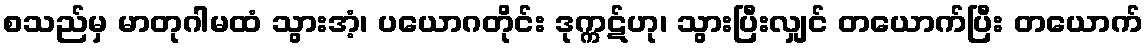
စသည်မှ မာတုဂါမထံ သွားအံ့၊ ပယောဂတိုင်း ဒုက္ကဋ်ဟု၊ သွားပြီးလျှင် တယောက်ပြီး တယောက်